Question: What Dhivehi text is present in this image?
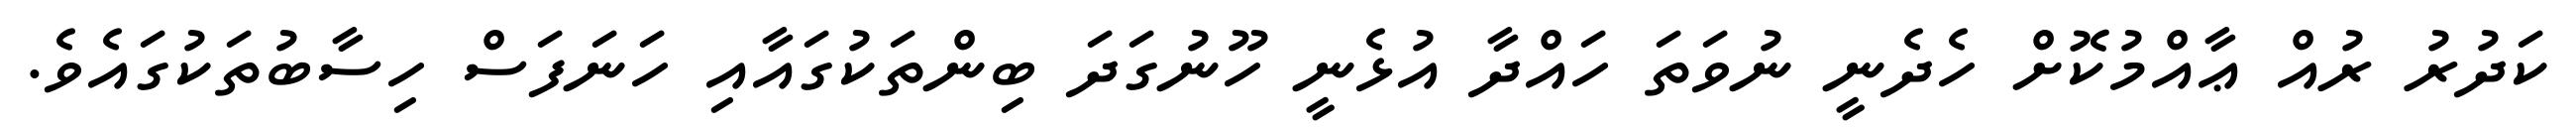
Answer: ކަދުރު ރުއް ޢާއްމުކޮށް ހެދެނީ ނުވަތަ ހައްދާ އުޅެނީ ހޫނުގަދަ ބިންތަކުގައާއި ހަނަފަސް ހިސާބުތަކުގައެވެ.